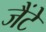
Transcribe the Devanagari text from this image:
जैंटे